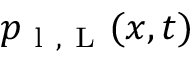
p _ { \mathrm { ~ l ~ } , \mathrm { ~ L ~ } } ( \boldsymbol { x } , t )